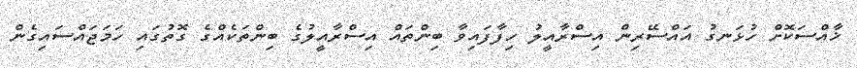
ޚާއްސަކޮށް ހުޅަނގު އައްސޭރިން އިސްރާއީލު ހިފާފައިވާ ބިންތައް އިސްރާއީލުގެ ބިންތަކެއްގެ ގޮތުގައި ހަމަޖައްސައިގެން